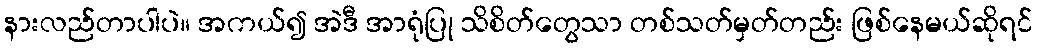
နားလည်တာပါပဲ။ အကယ်၍ အဲဒီ အာရုံပြု သိစိတ်တွေသာ တစ်သတ်မှတ်တည်း ဖြစ်နေမယ်ဆိုရင်